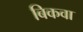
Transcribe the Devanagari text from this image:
बिकवा